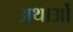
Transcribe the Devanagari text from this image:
अथाओं